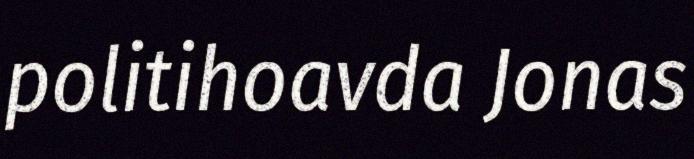
politihoavda Jonas